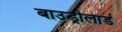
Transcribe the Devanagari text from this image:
बाउड्रीलार्ड